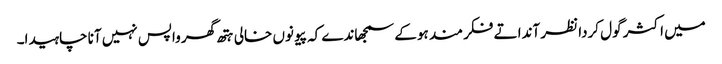
میں اکثر گول کردا نظر آندا تے فکر مند ہوکے سمجھاندے کہ پیو نوں خالی ہتھ گھر واپس نہیں آنا چاہیدا۔